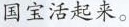
国宝活起来。